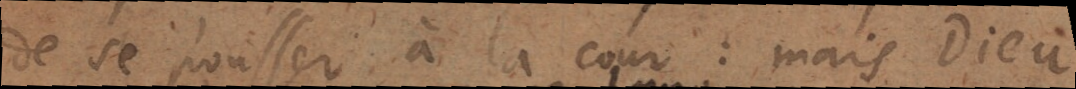
de se pousser à la cour: mais Dieu